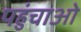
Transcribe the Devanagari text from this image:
पहुंचाओ